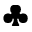
\clubsuit